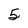
Character: 5